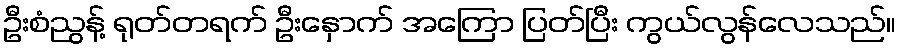
ဦးစံညွန့် ရုတ်တရက် ဦးနှောက် အကြော ပြတ်ပြီး ကွယ်လွန်လေသည်။